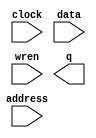
// megafunction wizard: %RAM: 1-PORT%VBB%
// GENERATION: STANDARD
// VERSION: WM1.0
// MODULE: altsyncram 

// ============================================================
// Megafunction Name(s):
// 			altsyncram
//
// Simulation Library Files(s):
// 			altera_mf
// ============================================================
// ************************************************************
// THIS IS A WIZARD-GENERATED FILE. DO NOT EDIT THIS FILE!
//
// 14.1.0 Build 186 12/03/2014 SJ Web Edition
// ************************************************************

//Copyright (C) 1991-2014 Altera Corporation. All rights reserved.
//Your use of Altera Corporation's design tools, logic functions 
//and other software and tools, and its AMPP partner logic 
//functions, and any output files from any of the foregoing 
//(including device programming or simulation files), and any 
//associated documentation or information are expressly subject 
//to the terms and conditions of the Altera Program License 
//Subscription Agreement, the Altera Quartus II License Agreement,
//the Altera MegaCore Function License Agreement, or other 
//applicable license agreement, including, without limitation, 
//that your use is for the sole purpose of programming logic 
//devices manufactured by Altera and sold by Altera or its 
//authorized distributors.  Please refer to the applicable 
//agreement for further details.

module s_memory (
	address,
	clock,
	data,
	wren,
	q);

	input	[7:0]  address;
	input	  clock;
	input	[7:0]  data;
	input	  wren;
	output	[7:0]  q;
`ifndef ALTERA_RESERVED_QIS
// synopsys translate_off
`endif
	tri1	  clock;
`ifndef ALTERA_RESERVED_QIS
// synopsys translate_on
`endif

endmodule

// ============================================================
// CNX file retrieval info
// ============================================================
// Retrieval info: PRIVATE: ADDRESSSTALL_A NUMERIC "0"
// Retrieval info: PRIVATE: AclrAddr NUMERIC "0"
// Retrieval info: PRIVATE: AclrByte NUMERIC "0"
// Retrieval info: PRIVATE: AclrData NUMERIC "0"
// Retrieval info: PRIVATE: AclrOutput NUMERIC "0"
// Retrieval info: PRIVATE: BYTE_ENABLE NUMERIC "0"
// Retrieval info: PRIVATE: BYTE_SIZE NUMERIC "8"
// Retrieval info: PRIVATE: BlankMemory NUMERIC "1"
// Retrieval info: PRIVATE: CLOCK_ENABLE_INPUT_A NUMERIC "0"
// Retrieval info: PRIVATE: CLOCK_ENABLE_OUTPUT_A NUMERIC "0"
// Retrieval info: PRIVATE: Clken NUMERIC "0"
// Retrieval info: PRIVATE: DataBusSeparated NUMERIC "1"
// Retrieval info: PRIVATE: IMPLEMENT_IN_LES NUMERIC "0"
// Retrieval info: PRIVATE: INIT_FILE_LAYOUT STRING "PORT_A"
// Retrieval info: PRIVATE: INIT_TO_SIM_X NUMERIC "0"
// Retrieval info: PRIVATE: INTENDED_DEVICE_FAMILY STRING "Cyclone V"
// Retrieval info: PRIVATE: JTAG_ENABLED NUMERIC "1"
// Retrieval info: PRIVATE: JTAG_ID STRING "S"
// Retrieval info: PRIVATE: MAXIMUM_DEPTH NUMERIC "0"
// Retrieval info: PRIVATE: MIFfilename STRING ""
// Retrieval info: PRIVATE: NUMWORDS_A NUMERIC "256"
// Retrieval info: PRIVATE: RAM_BLOCK_TYPE NUMERIC "2"
// Retrieval info: PRIVATE: READ_DURING_WRITE_MODE_PORT_A NUMERIC "3"
// Retrieval info: PRIVATE: RegAddr NUMERIC "1"
// Retrieval info: PRIVATE: RegData NUMERIC "1"
// Retrieval info: PRIVATE: RegOutput NUMERIC "1"
// Retrieval info: PRIVATE: SYNTH_WRAPPER_GEN_POSTFIX STRING "0"
// Retrieval info: PRIVATE: SingleClock NUMERIC "1"
// Retrieval info: PRIVATE: UseDQRAM NUMERIC "1"
// Retrieval info: PRIVATE: WRCONTROL_ACLR_A NUMERIC "0"
// Retrieval info: PRIVATE: WidthAddr NUMERIC "8"
// Retrieval info: PRIVATE: WidthData NUMERIC "8"
// Retrieval info: PRIVATE: rden NUMERIC "0"
// Retrieval info: LIBRARY: altera_mf altera_mf.altera_mf_components.all
// Retrieval info: CONSTANT: CLOCK_ENABLE_INPUT_A STRING "BYPASS"
// Retrieval info: CONSTANT: CLOCK_ENABLE_OUTPUT_A STRING "BYPASS"
// Retrieval info: CONSTANT: INTENDED_DEVICE_FAMILY STRING "Cyclone V"
// Retrieval info: CONSTANT: LPM_HINT STRING "ENABLE_RUNTIME_MOD=YES,INSTANCE_NAME=S"
// Retrieval info: CONSTANT: LPM_TYPE STRING "altsyncram"
// Retrieval info: CONSTANT: NUMWORDS_A NUMERIC "256"
// Retrieval info: CONSTANT: OPERATION_MODE STRING "SINGLE_PORT"
// Retrieval info: CONSTANT: OUTDATA_ACLR_A STRING "NONE"
// Retrieval info: CONSTANT: OUTDATA_REG_A STRING "CLOCK0"
// Retrieval info: CONSTANT: POWER_UP_UNINITIALIZED STRING "FALSE"
// Retrieval info: CONSTANT: RAM_BLOCK_TYPE STRING "M10K"
// Retrieval info: CONSTANT: READ_DURING_WRITE_MODE_PORT_A STRING "NEW_DATA_NO_NBE_READ"
// Retrieval info: CONSTANT: WIDTHAD_A NUMERIC "8"
// Retrieval info: CONSTANT: WIDTH_A NUMERIC "8"
// Retrieval info: CONSTANT: WIDTH_BYTEENA_A NUMERIC "1"
// Retrieval info: USED_PORT: address 0 0 8 0 INPUT NODEFVAL "address[7..0]"
// Retrieval info: USED_PORT: clock 0 0 0 0 INPUT VCC "clock"
// Retrieval info: USED_PORT: data 0 0 8 0 INPUT NODEFVAL "data[7..0]"
// Retrieval info: USED_PORT: q 0 0 8 0 OUTPUT NODEFVAL "q[7..0]"
// Retrieval info: USED_PORT: wren 0 0 0 0 INPUT NODEFVAL "wren"
// Retrieval info: CONNECT: @address_a 0 0 8 0 address 0 0 8 0
// Retrieval info: CONNECT: @clock0 0 0 0 0 clock 0 0 0 0
// Retrieval info: CONNECT: @data_a 0 0 8 0 data 0 0 8 0
// Retrieval info: CONNECT: @wren_a 0 0 0 0 wren 0 0 0 0
// Retrieval info: CONNECT: q 0 0 8 0 @q_a 0 0 8 0
// Retrieval info: GEN_FILE: TYPE_NORMAL s_memory.v TRUE
// Retrieval info: GEN_FILE: TYPE_NORMAL s_memory.inc FALSE
// Retrieval info: GEN_FILE: TYPE_NORMAL s_memory.cmp TRUE
// Retrieval info: GEN_FILE: TYPE_NORMAL s_memory.bsf FALSE
// Retrieval info: GEN_FILE: TYPE_NORMAL s_memory_inst.v FALSE
// Retrieval info: GEN_FILE: TYPE_NORMAL s_memory_bb.v TRUE
// Retrieval info: LIB_FILE: altera_mf